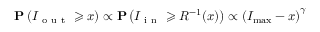
\mathbf P \left( I _ { \mathrm { ~ o ~ u ~ t ~ } } \geqslant x \right) \propto \mathbf P \left( I _ { \mathrm { ~ i ~ n ~ } } \geqslant R ^ { - 1 } ( x ) \right) \propto \left( I _ { \operatorname* { m a x } } - x \right) ^ { \gamma }